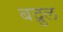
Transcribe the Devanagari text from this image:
बद्रुल